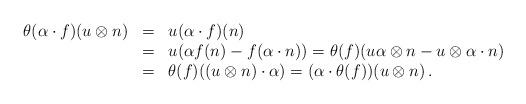
LaTeX: \begin{align*} \begin{array}{rcl} \theta(\alpha \cdot f) (u \otimes n) & = & u (\alpha \cdot f)(n) \\ & = & u (\alpha f(n) - f(\alpha \cdot n)) = \theta(f) (u \alpha \otimes n - u \otimes \alpha \cdot n) \\ & = & \theta(f) ((u \otimes n) \cdot \alpha) = (\alpha \cdot \theta(f))(u \otimes n)\,. \end{array} \end{align*}